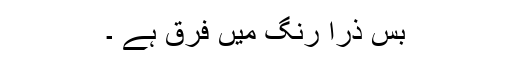
بس ذرا رنگ میں فرق ہے ۔